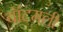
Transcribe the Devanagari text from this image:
बॉटमली